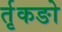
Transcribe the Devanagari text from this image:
र्तृकङो